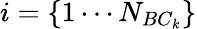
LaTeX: i=\{ 1\cdots N_{BC_{k}}\}